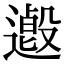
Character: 𨗋